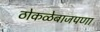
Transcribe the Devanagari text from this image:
ठोकळेबाजपणा